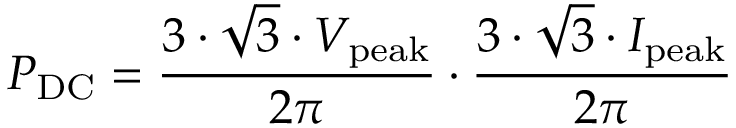
P _ { \mathrm { D C } } = { \frac { 3 \cdot { \sqrt { 3 } } \cdot V _ { \mathrm { p e a k } } } { 2 \pi } } \cdot { \frac { 3 \cdot { \sqrt { 3 } } \cdot I _ { \mathrm { p e a k } } } { 2 \pi } }